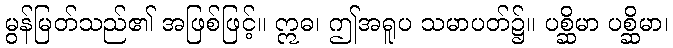
မွန်မြတ်သည်၏ အဖြစ်ဖြင့်။ ဣဓ၊ ဤအရူပ သမာပတ်၌။ ပစ္ဆိမာ ပစ္ဆိမာ၊